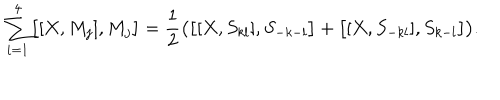
\sum _ { i = 1 } ^ { 4 } \bigl [ [ X , M _ { j } ] , M _ { j } \bigr ] = { \frac { 1 } { 2 } } \bigl ( \bigl [ [ X , S _ { k l } ] , S _ { - k - l } \bigr ] + \bigl [ [ X , S _ { - k l } ] , S _ { k - l } \bigr ] \bigr ) . \nonumber